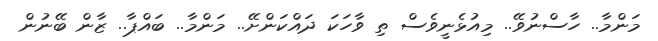
މަންމާ.. ހާސްނުވޭ.. މިއުޅެނީވެސް ތި ވާހަކަ ދައްކަންށޭ.. މަންމާ.. ބައްޕާ.. ޒާން ބޭނުން